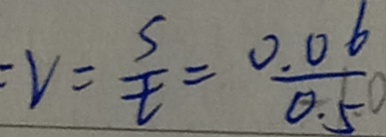
= v = \frac { s } { t } = \frac { 0 . 0 6 } { 0 . 5 }